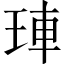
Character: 𤥭